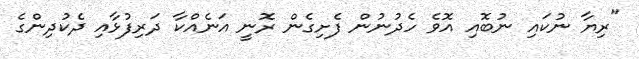
"ރިޔާ ނުކައި ނުބޮއި އޮވެ ހެދުނުން ފެށިގެން ރޮނީ އަނެއްކާ ދަރިފުޅާއި ދެކުދިންގެ